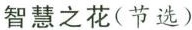
智慧之花(节选)